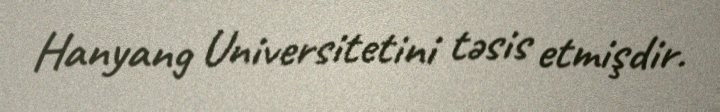
Hanyang Universitetini təsis etmişdir.